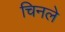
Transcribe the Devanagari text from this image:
चिनले